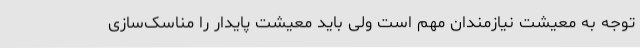
توجه به معیشت نیازمندان مهم است ولی باید معیشت پایدار را مناسک‌سازی